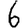
Digit: 6